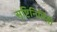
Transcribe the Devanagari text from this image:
सृष्टिनिर्मिती